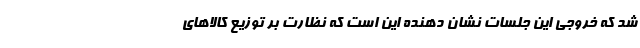
شد که خروجی این جلسات نشان دهنده این است که نظارت بر توزیع کالا‌های